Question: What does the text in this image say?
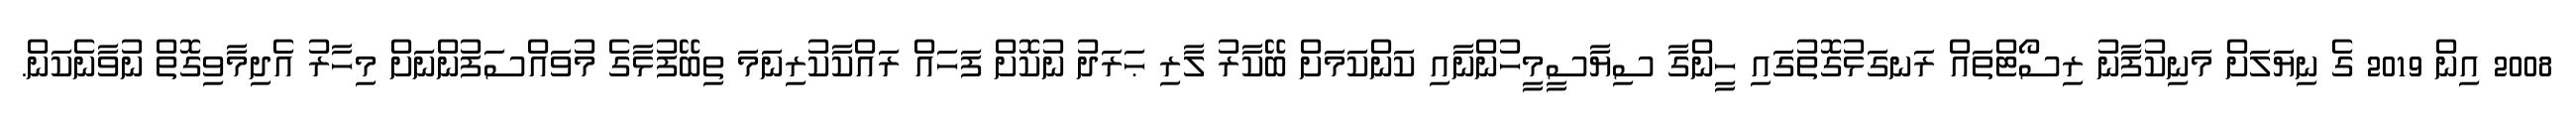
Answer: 2008 އިން 2019 ގެ ނިޔަލަށް މަނިކުފާނު ރިސޯޓްތައް ރަނގަޅުގޮތުގައި ހީންގާ ސިޔާސީމީހުންނާއި ކަންކަމަށް ބޭކާރު ލާރި ޙަރަދު ނުކޮށް ފަހައް ރައްކާކުރިނަމަ ތިބޭފުޅާގެ މުވައްސަފުންނަށް މިހާރު އެދިމާވިގޮތް ނުވާނެކަން.